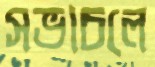
সভাচলে